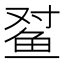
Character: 𲍍